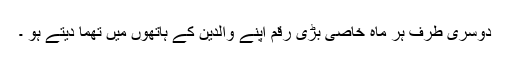
دوسری طرف ہر ماہ خاصی بڑی رقم اپنے والدین کے ہاتھوں میں تھما دیتے ہو ۔